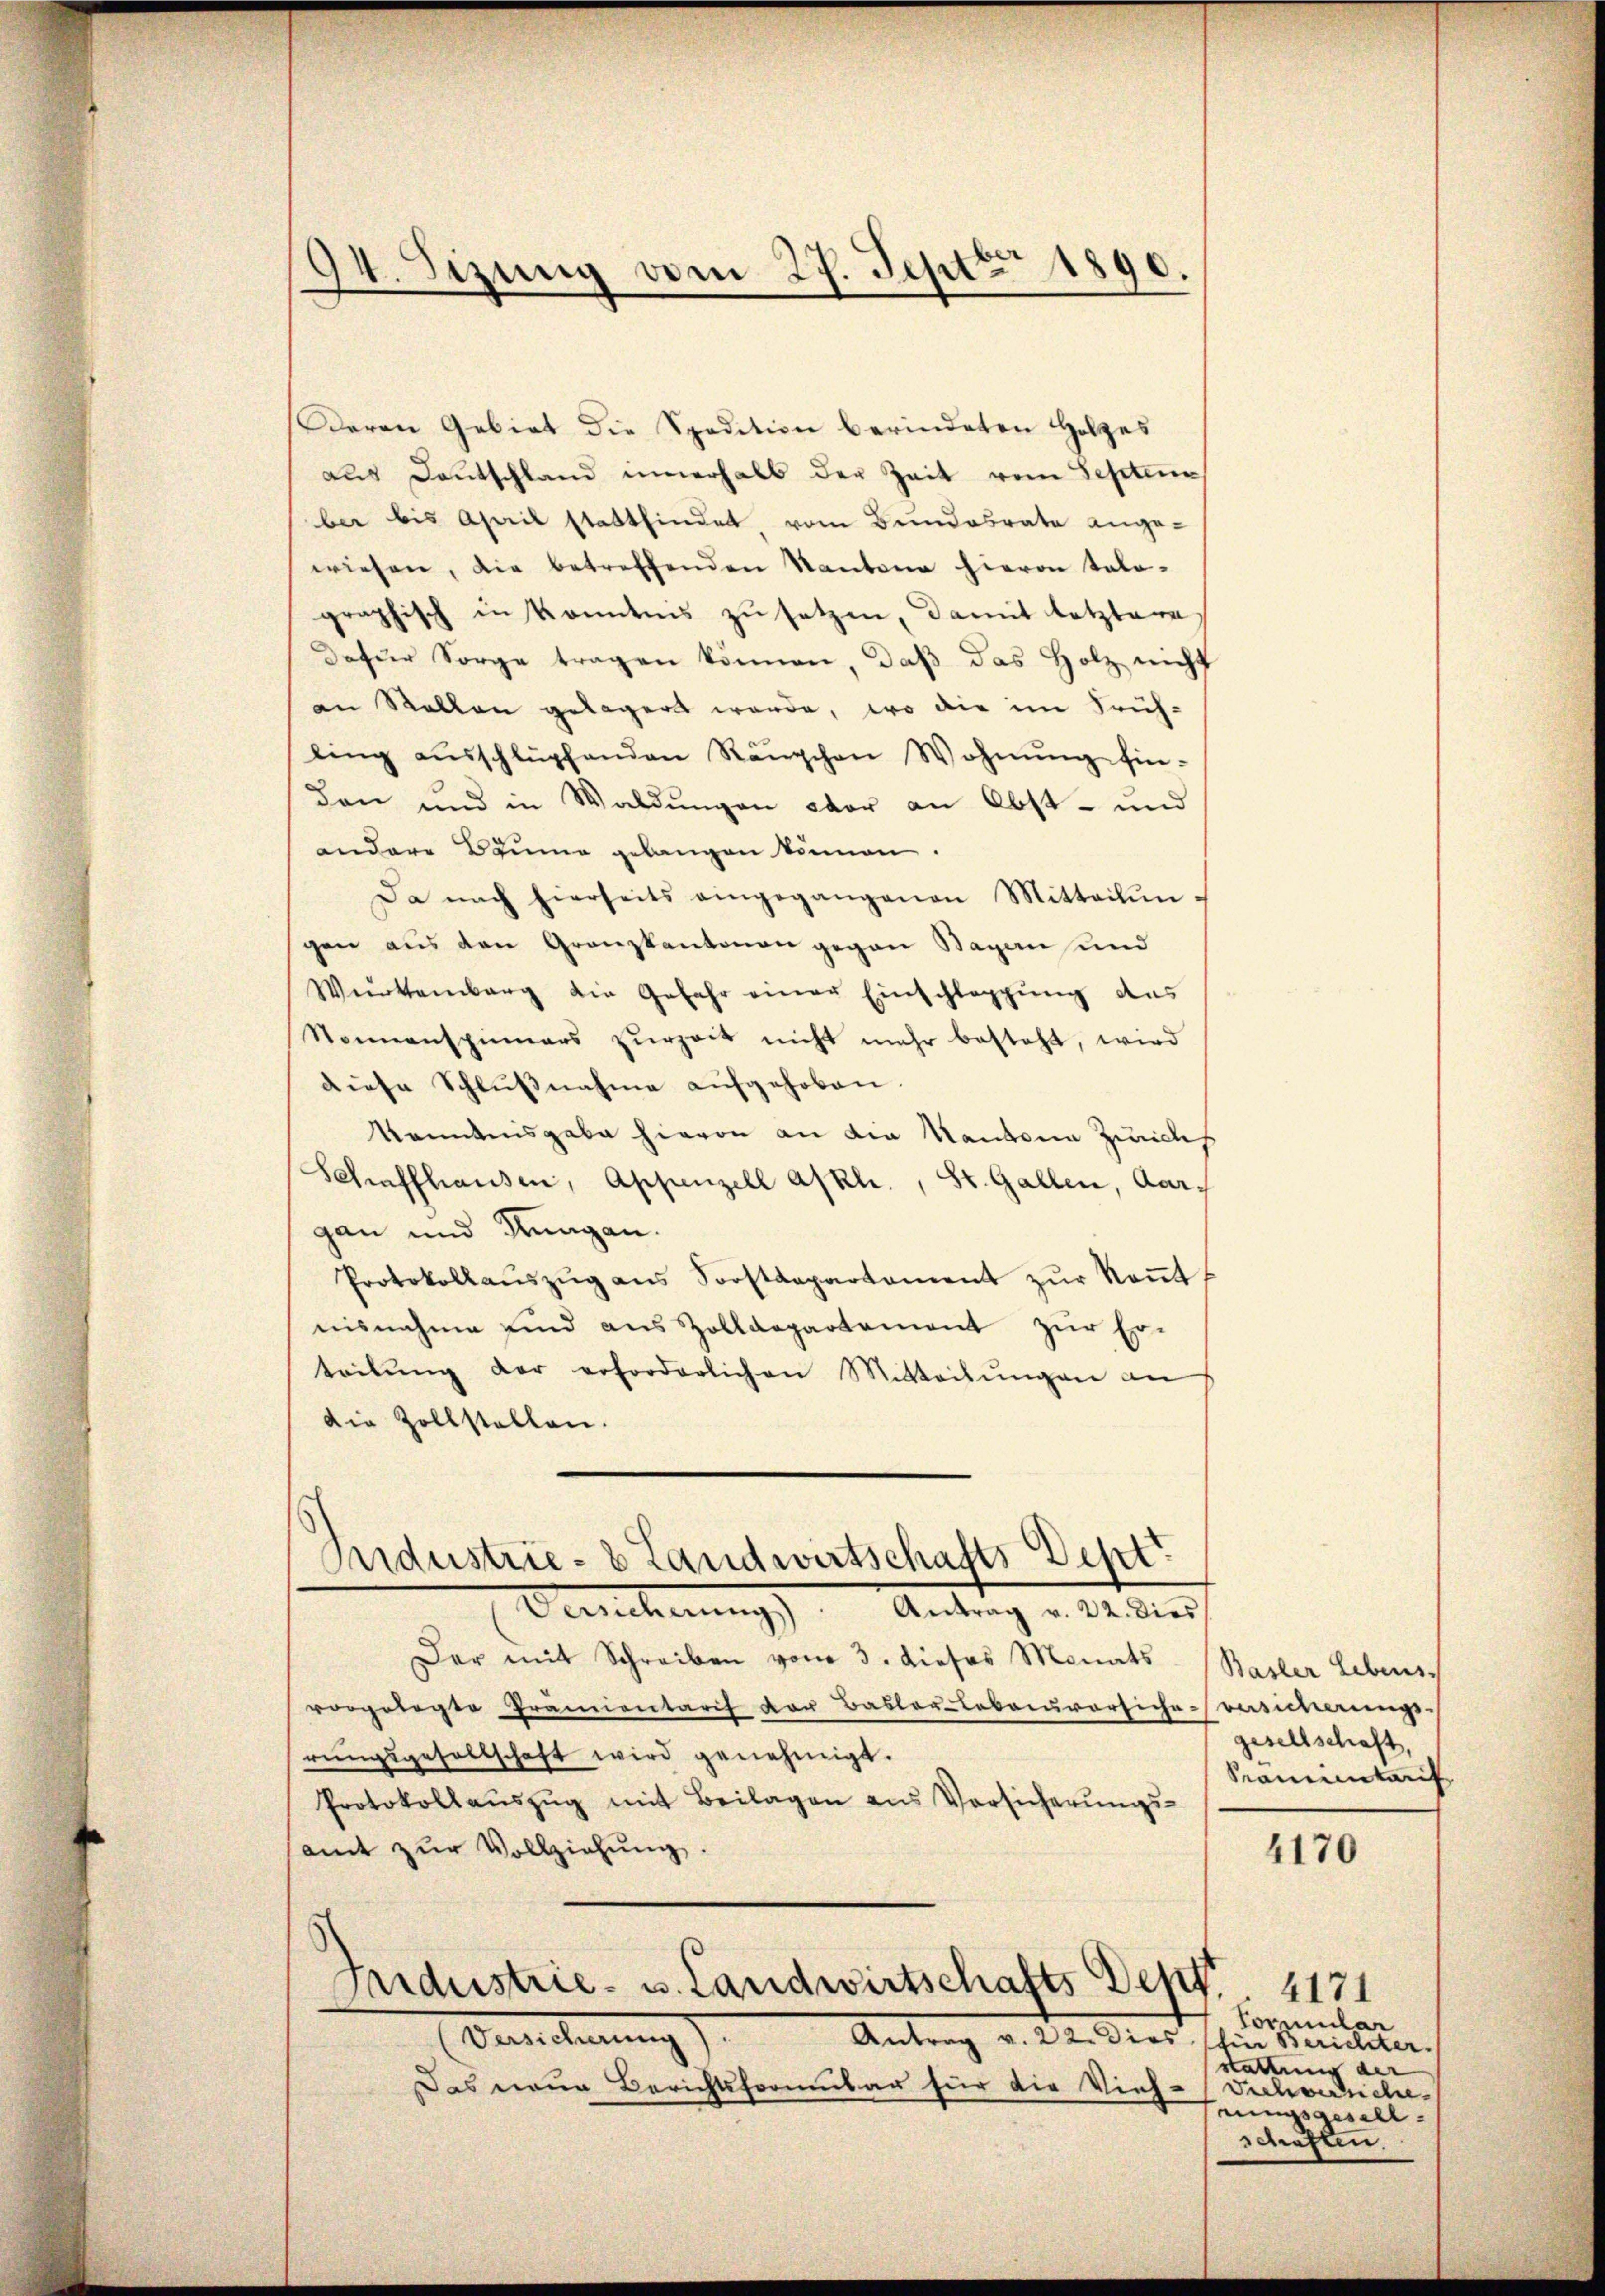
Deren Gebiet die Spedition berindeten Holzes
aus Deutschland innerhalb der Zeit vom Septen
ber bis April stattfindet, vom Bundesrate ange-
wiesen, die betreffenden Kantone hievon tele-
graphisch in konntnis zu setzen, damit letztere
dafür Sorge tragen können, daß das Holz nicht
an Rollen gelegert werde, wo die im Früh-
ling aŭsschlüpfenden Ränzchen Wohnŭng hin-
den und in Waldungen war an Obst- und
andere Bäume gelangen können.
Da nach hierseits eingegangenen Mitteilŭn-
gen aus den Granzkantonen gegen Bagen und
Würtemberg die Gefahr einer Einschleppung des
Nonnenspinners zŭrzeit nicht mehr besteht, wird
diese Schlußnahme aufgehoben.
kanntnisgabe hievon an die Kanton Zürich
Schaffhausen, Appenzell afkh., St. Gallen, Aargan und Hungen.
Protokollaŭszŭg ans Sorstdepartament zŭr Keṅt
nisnahme sind aus Zolldepartement zur Er-
teilŭng der erforderlichen Mitteilŭngen an
Die Zollstellen.
Bidustrie- 8 Landwirtschafts Dept
Versicherŭng Antrag v. 22. dies
Dar mit Schreiben vom 3. dieses Monats Basler Lebens
vorgelegte Prämientarif vor Baslerlebensvorsiche-versicherungs-
rungsgesellschaft wird genehmigt.
Protokollaŭszŭg mit Beilagen ans Vorsicherŭngs-
samt zŭr Vollziehung.

94. Sizung vom 27. Sept 1890.
n

s
Industrie- u. Landwirtschafts Denst

Versicherung).
Antrag v. 22. dies für Berichter.
Das neue Berichtsformular für die Vieh-(Dichversiche¬

gesellschaft,
Kramentaris

4170

4171
Formular
stattung der
rungsgesell-
schaften.